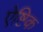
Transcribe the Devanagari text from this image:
ऐष्टिक